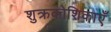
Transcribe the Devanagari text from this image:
शुक्रकोशिकाएँ